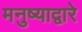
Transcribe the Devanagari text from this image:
मनुष्याद्वारे